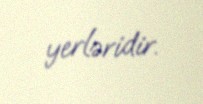
yerləridir.